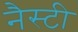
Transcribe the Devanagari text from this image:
नैस्टी